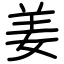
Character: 姜